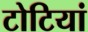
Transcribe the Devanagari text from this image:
टोटियां